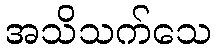
အသိသက်သေ